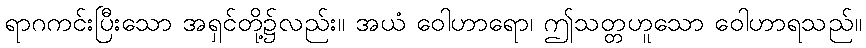
ရာဂကင်းပြီးသော အရှင်တို့၌လည်း။ အယံ ဝေါဟာရော၊ ဤသတ္တဟူသော ဝေါဟာရသည်။